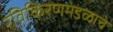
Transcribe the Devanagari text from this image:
रविकिरणमंडळाचे